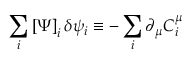
\sum _ { i } \left[ \Psi \right] _ { i } \delta \psi _ { i } \equiv - \sum _ { i } \partial _ { \mu } C _ { i } ^ { \mu }